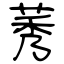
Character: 莠